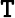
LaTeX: \boldsymbol{\mathtt{T}}